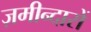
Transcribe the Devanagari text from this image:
ज़मीन्दारों